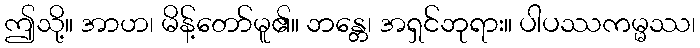
ဤသို့။ အာဟ၊ မိန့်တော်မူ၏။ ဘန္တေ၊ အရှင်ဘုရား။ ပါပဿကမ္မဿ၊